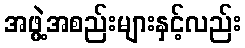
အဖွဲ့အစည်းများနှင့်လည်း